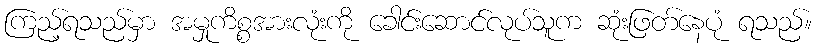
ကြည့်ရသည်မှာ အမှုကိစ္စအားလုံးကို ခေါင်းဆောင်လုပ်သူက ဆုံးဖြတ်နေပုံ ရသည်။